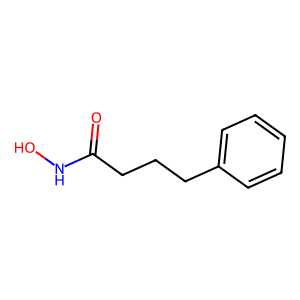
SMILES: O=C(CCCc1ccccc1)NO
Inhibits HIV replication: No